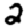
Digit: 2